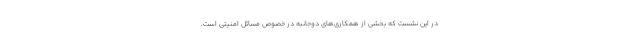
در این نشست که بخشی از همکاری‌های دوجانبه در خصوص مسائل امنیتی است،